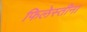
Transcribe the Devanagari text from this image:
फिलेस्तीना